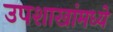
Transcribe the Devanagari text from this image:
उपशाखांमध्ये